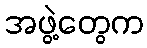
အဖွဲ့တွေက